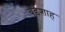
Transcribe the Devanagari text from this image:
बडशाह